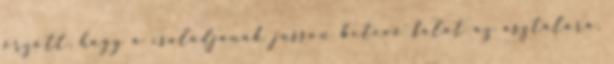
őrzött, hogy a családjának jusson betevő falat az asztalára.